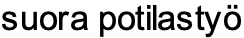
suora potilastyö